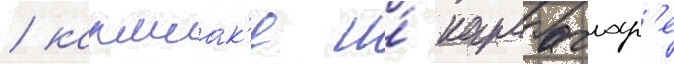
/ каршиак'е и́ карабаглар'е